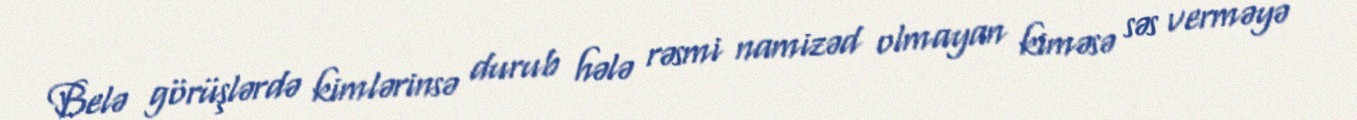
Belə görüşlərdə kimlərinsə durub hələ rəsmi namizəd olmayan kiməsə səs verməyə